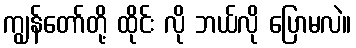
ကျွန်တော်တို့ ထိုင်း လို ဘယ်လို ပြောမလဲ။